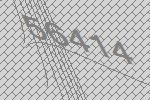
56414